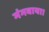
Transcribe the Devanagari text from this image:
मंगवाया।